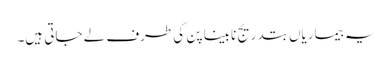
یہ بیماریاں بتدریج نابینا پن کی طرف لے جاتی ہیں۔